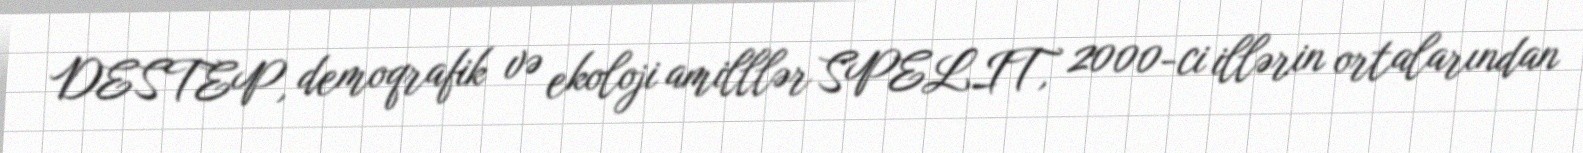
DESTEP, demoqrafik və ekoloji amilllər SPELIT, 2000-ci illərin ortalarından